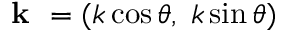
\textbf { k } = ( k \cos \theta , \; k \sin \theta )